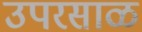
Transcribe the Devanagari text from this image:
उपरसाळ